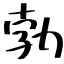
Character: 勃